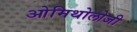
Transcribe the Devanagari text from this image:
ओमिथोलोजी